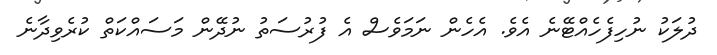
ދުލަކު ނުހިފެހެއްޓޭނެ އެވެ. އެހެން ނަމަވެސް އެ ފުރުސަތު ނުދޭން މަސައްކަތް ކުރެވިދާނެ